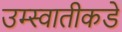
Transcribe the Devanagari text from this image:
उम्स्वातीकडे